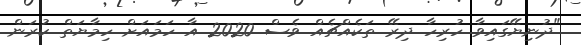
"ދުނިޔޭގައިވާ ހުރިހާ ދިރޭ ތަކެއްޗެއް ވެސް 2020 އާ ހަމައަށް ހިމާޔަތް ކުރަން